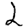
Digit: 2